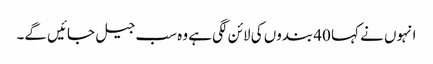
انہوں نے کہا 40 بندوں کی لائن لگی ہے وہ سب جیل جائیں گے۔